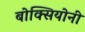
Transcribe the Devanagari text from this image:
बोक्सियोनी